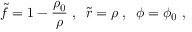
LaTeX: \tilde { f } = 1 - \frac { \rho _ { 0 } } { \rho } \; , \; \; \tilde { r } = \rho \; , \; \; \phi = \phi _ { 0 } \; ,